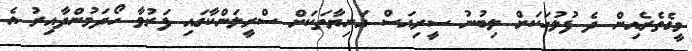
މީގެތެރެއިން ދެ ފުލުހަކަށް ލިބުނު ސީރިއަސް އަނިޔާތަކަށް ސްރީލަންކާގައި ފަރުވާ ހޯދަމުންދާއިރު އެ